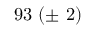
9 3 \ ( \pm \ 2 )